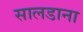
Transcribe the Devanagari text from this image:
सालडाना